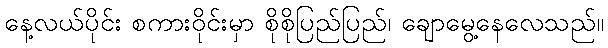
နေ့လယ်ပိုင်း စကားဝိုင်းမှာ စိုစိုပြည်ပြည်၊ ချောမွေ့နေလေသည်။